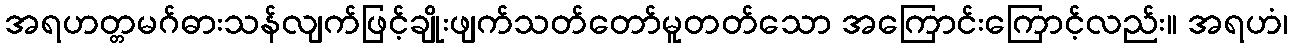
အရဟတ္တမဂ်ဓားသန်လျက်ဖြင့်ချိုးဖျက်သတ်တော်မူတတ်သော အကြောင်းကြောင့်လည်း။ အရဟံ၊